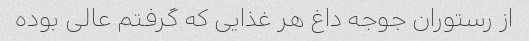
از رستوران جوجه داغ هر غذایی که گرفتم عالی بوده